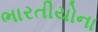
ભારતીયોના